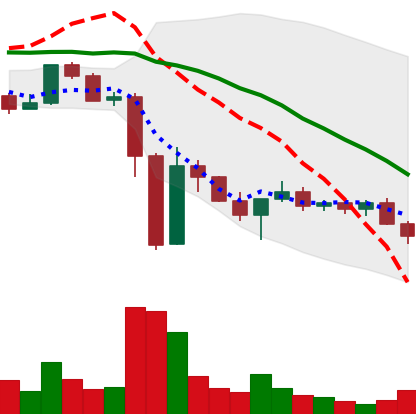
Ticker: XLM-USD
Chart end date: 2022-11-21
Forward return: 4.555%
Label: up_3_5